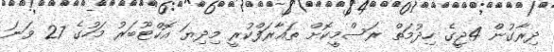
ދިރާގުން 4ޖީގެ ހިދުމަތް ރަސްމީކޮށް ތައާރަފްކުރީ މިދިޔަ އޮކްޓޫބަރު މަހުގެ 27 ވަނަ